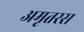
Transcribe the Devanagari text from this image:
अमृतरस